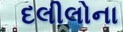
દલીલોના